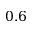
0 . 6